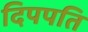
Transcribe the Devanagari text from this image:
दिपपति